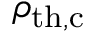
\rho _ { \mathrm { t h , c } }